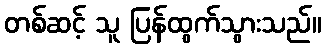
တစ်ဆင့် သူ ပြန်ထွက်သွားသည်။